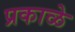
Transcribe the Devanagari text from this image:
प्रकाळे